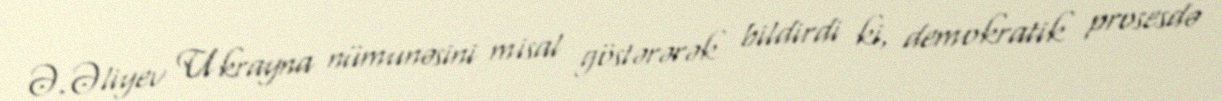
Ə.Əliyev Ukrayna nümunəsini misal göstərərək bildirdi ki, demokratik prosesdə